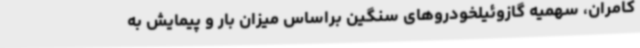
کامران، سهمیه گازوئیلخودروهای سنگین براساس میزان بار و پیمایش به